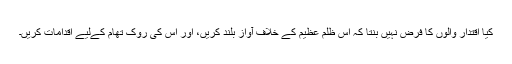
کیا اقتدار والوں کا فرض نہیں بنتا کہ اس ظلم عظیم کے خلاف آواز بلند کریں، اور اس کی روک تھام کےلیے اقدامات کریں۔